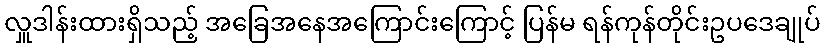
လှူဒါန်းထားရှိသည့် အခြေအနေအကြောင်းကြောင့် ပြန်မ ရန်ကုန်တိုင်းဥပဒေချုပ်